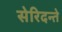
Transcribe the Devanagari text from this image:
सेरिदन्ते